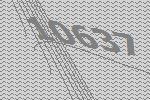
10637